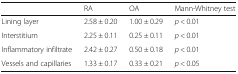
<table><thead><tr><td></td><td><b>RA</b></td><td><b>OA</b></td><td><b>Mann-Whitney test</b></td></tr></thead><tbody><tr><td>Lining layer</td><td>2.58 ± 0.20</td><td>1.00 ± 0.29</td><td><i>p</i> &lt; 0.01</td></tr><tr><td>Interstitium</td><td>2.25 ± 0.11</td><td>0.25 ± 0.11</td><td><i>p</i> &lt; 0.01</td></tr><tr><td>Inflammatory infiltrate</td><td>2.42 ± 0.27</td><td>0.50 ± 0.18</td><td><i>p</i> &lt; 0.01</td></tr><tr><td>Vessels and capillaries</td><td>1.33 ± 0.17</td><td>0.33 ± 0.21</td><td><i>p</i> &lt; 0.05</td></tr></tbody></table>